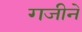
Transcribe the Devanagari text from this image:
गजीने